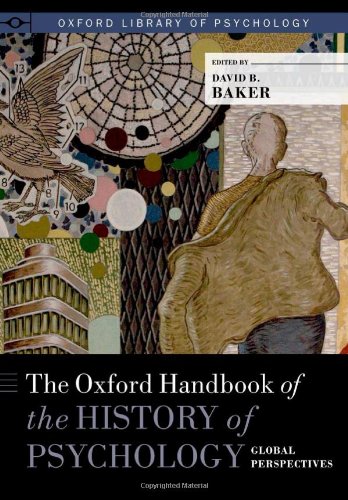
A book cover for The Oxford Handbook of the History of Psychology: Global Perspectives (Oxford Library of Psychology); Medical Books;